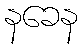
နခေန